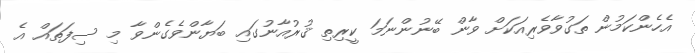
އެހެންކަމުން ތަގުވާވެރިއަކަށް ވާން ބޭނުންނަމަ ކީރިތި ޤުރުއާނުގައި ބަޔާންވެގެންވާ މި ސިފަތައް އެ